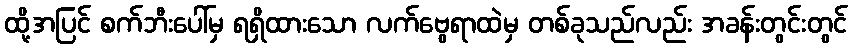
ထို့အပြင် စက်ဘီးပေါ်မှ ရရှိထားသော လက်ဗွေရာထဲမှ တစ်ခုသည်လည်း အခန်းတွင်းတွင်